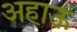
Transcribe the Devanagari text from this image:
अहाऊ